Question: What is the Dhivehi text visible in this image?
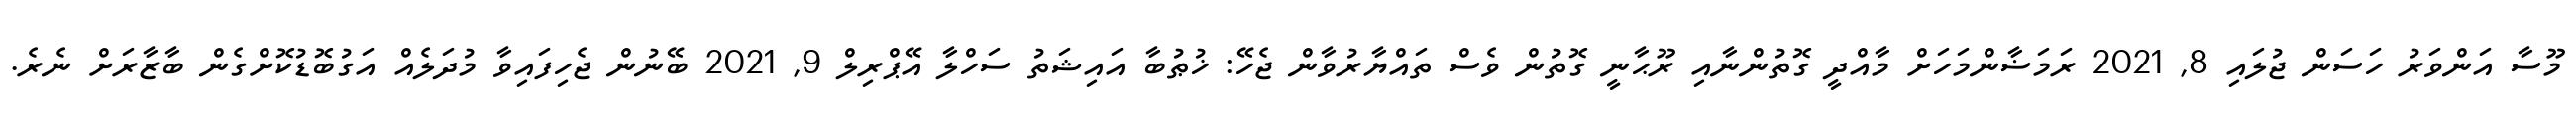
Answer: މޫސާ އަންވަރު ހަސަން ޖުލައި 8, 2021 ރަމަޟާންމަހަށް މާއްދީ ގޮތުންނާއި ރޫޙާނީ ގޮތުން ވެސް ތައްޔާރުވާން ޖެހޭ: ޚުޠުބާ އައިޝަތު ސަހްލާ އޭޕްރިލް 9, 2021 ބޭނުން ޖެހިފައިވާ މުދަލެއް އަގުބޮޑުކޮށްގެން ބާޒާރަށް ނެރެ.